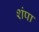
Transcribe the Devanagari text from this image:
शंपा